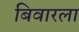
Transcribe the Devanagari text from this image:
बिवारला